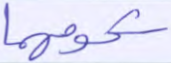
شحومهما